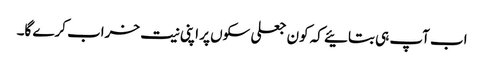
اب آپ ہی بتائیے کہ کون جعلی سکوں پر اپنی نیت خراب کرے گا۔